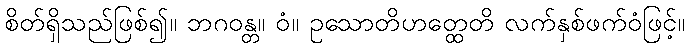
စိတ်ရှိသည်ဖြစ်၍။ ဘဂဝန္တ။ ဝံ။ ဥသောတိဟတ္ထေတိ လက်နှစ်ဖက်ဝံဖြင့်။